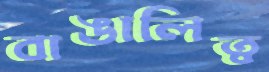
বাঙালিত্ব